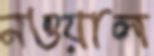
নওয়াল